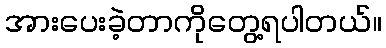
အားပေးခဲ့တာကိုတွေ့ရပါတယ်။